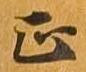
正